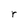
Character: r